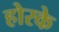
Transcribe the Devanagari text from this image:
होरके